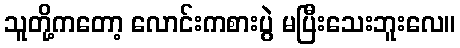
သူတို့ကတော့ လောင်းကစားပွဲ မပြီးသေးဘူးလေ။